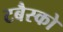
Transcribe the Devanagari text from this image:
टबैस्को